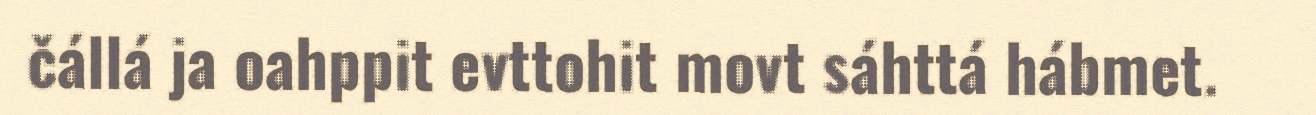
čállá ja oahppit evttohit movt sáhttá hábmet.